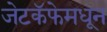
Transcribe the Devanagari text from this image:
जेटकॅफेमधून